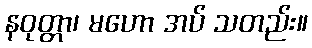
နဝုတ္တာ၊ မဟော အပ် သတည်း။